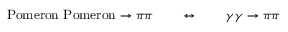
\mathrm { P o m e r o n ~ P o m e r o n } \to \pi \pi \qquad \leftrightarrow \qquad \gamma \gamma \to \pi \pi